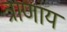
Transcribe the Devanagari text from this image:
त्राणाय